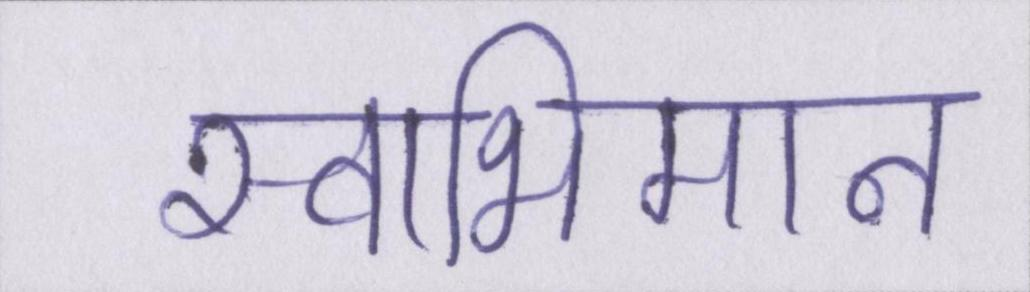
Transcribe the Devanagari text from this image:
स्वाभिमान